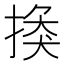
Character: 𢰼